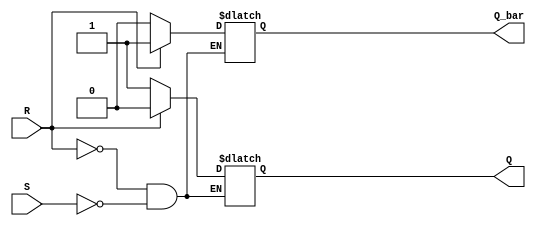
module SR_latch (
    input S,
    input R,
    output reg Q,
    output reg Q_bar
);

always @ (S, R)
begin
    if (R)
    begin
        Q <= 0;
        Q_bar <= 1;
    end
    else if (S)
    begin
        Q <= 1;
        Q_bar <= 0;
    end
end

endmodule